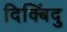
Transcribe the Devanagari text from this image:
दिक्बिंदु